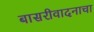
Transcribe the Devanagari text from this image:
बासरीवादनाचा